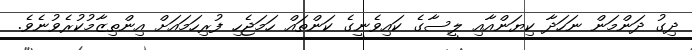
ދިގު ދަންމަން ނަހަދާ ކިޔަންއާއި ލީސާގެ ކައިވެނީގެ ކަންތައް ހަމަޖެހި ފުރިހަމައަށް އިންތިޒާމުކުރެވުނެވެ.